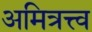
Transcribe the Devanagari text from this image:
अमित्रत्त्व